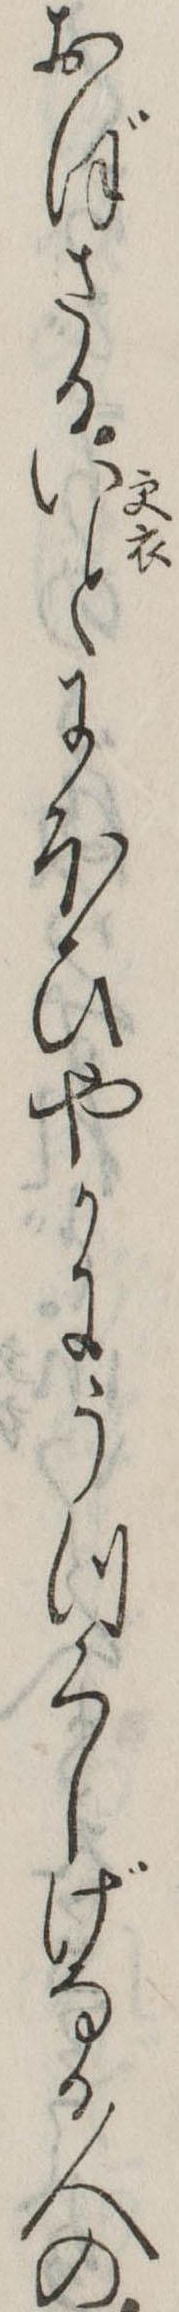
おぼさるいとにほひやかにうつくしげなる人の